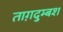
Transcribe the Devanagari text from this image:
ताग़दुम्बश